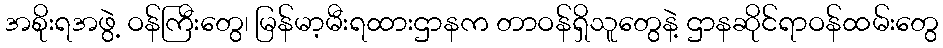
အစိုးရအဖွဲ့ ဝန်ကြီးတွေ၊ မြန်မာ့မီးရထားဌာနက တာဝန်ရှိသူတွေနဲ့ ဌာနဆိုင်ရာဝန်ထမ်းတွေ